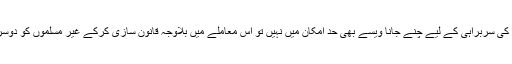
مسلم اکثریت کے ملک میں کسی غیر مسلم کا ملک کی سربراہی کے لیے چنے جانا ویسے بھی حد امکان میں نہیں تو اس معاملے میں بلاوجہ قانون سازی کرکے غیر مسلموں کو دوسرے درجے کے شہری ہونے کا تأثر دینا عبث ہے۔